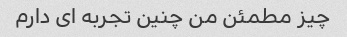
چیز مطمئن من چنین تجربه ای دارم